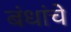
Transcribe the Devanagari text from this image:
बंधांचे